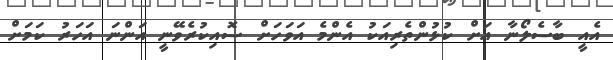
އެއީ ބާސެލޯނާ އަށް ކުޅުންތެރިއަކު އެންމެ އަވަހަށް ސޮއިކުރެވޭނީ އަންނަ އަހަރު ކަމަށް